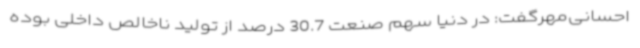
احسانی‌مهرگفت: در دنیا سهم صنعت 30.7 درصد از تولید ناخالص داخلی بوده